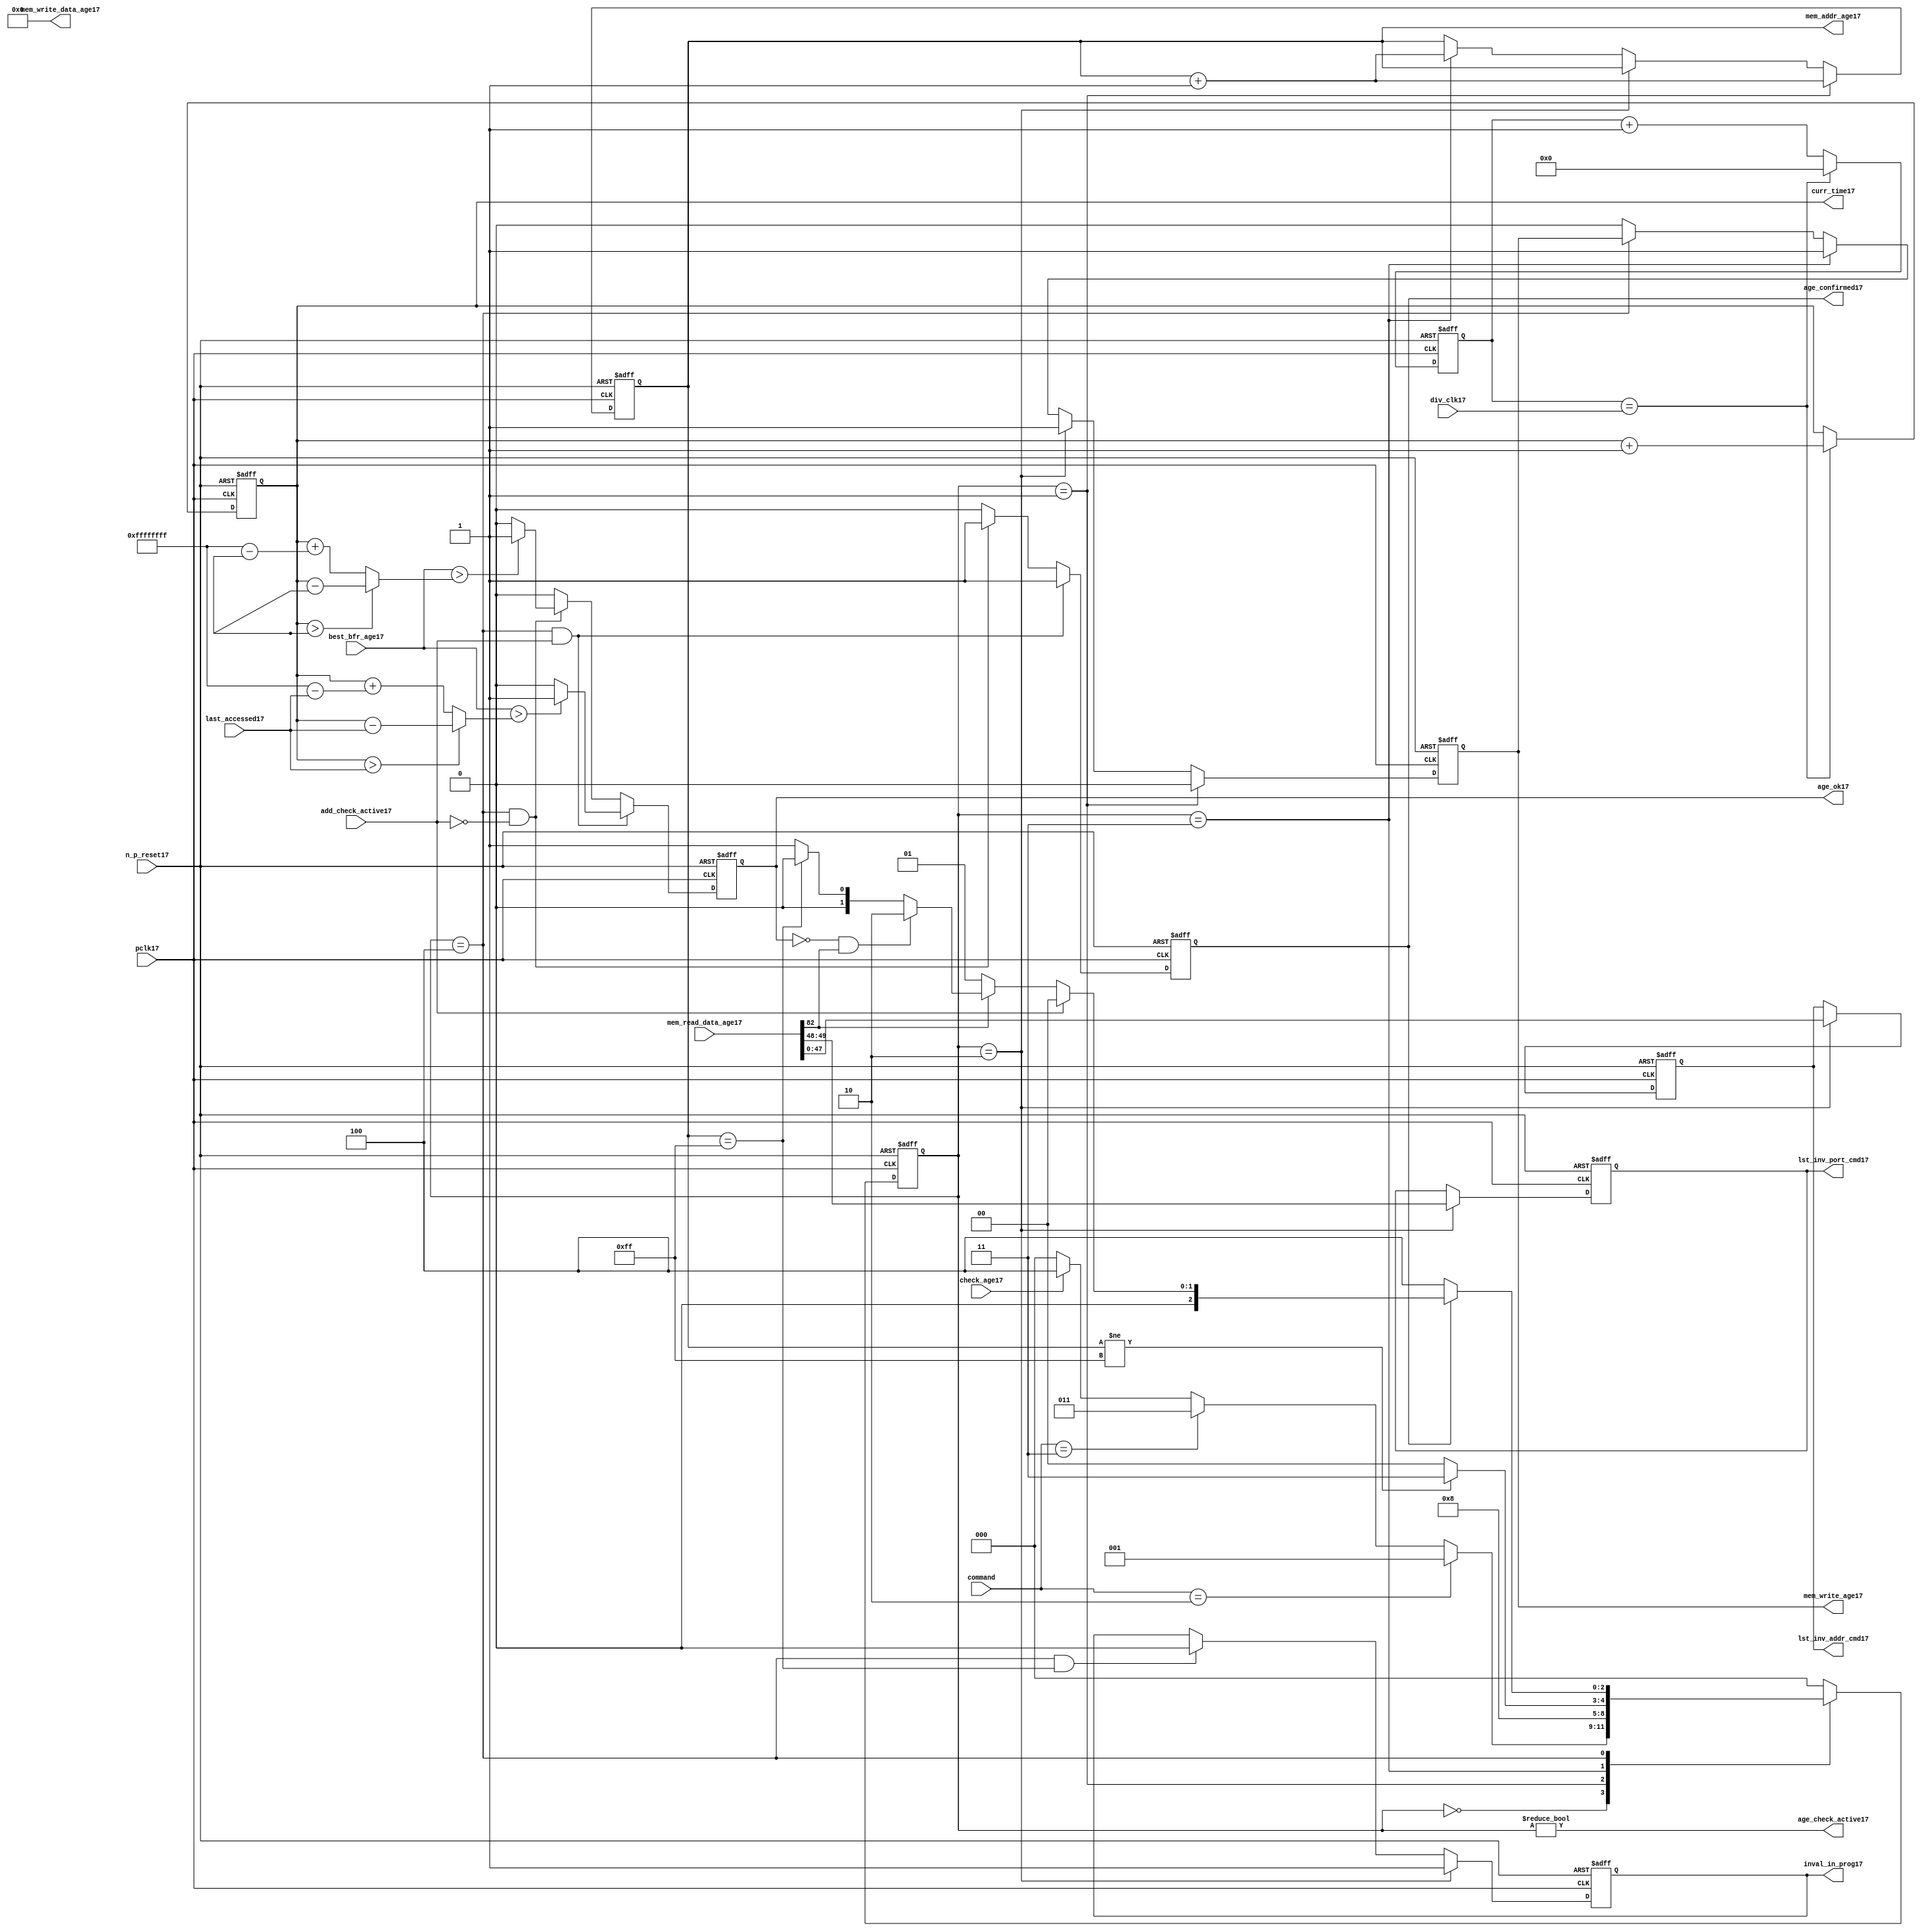
//File17 name   : alut_age_checker17.v
//Title17       : 
//Created17     : 1999
//Description17 : 
//Notes17       : 
//----------------------------------------------------------------------
//   Copyright17 1999-2010 Cadence17 Design17 Systems17, Inc17.
//   All Rights17 Reserved17 Worldwide17
//
//   Licensed17 under the Apache17 License17, Version17 2.0 (the
//   "License17"); you may not use this file except17 in
//   compliance17 with the License17.  You may obtain17 a copy of
//   the License17 at
//
//       http17://www17.apache17.org17/licenses17/LICENSE17-2.0
//
//   Unless17 required17 by applicable17 law17 or agreed17 to in
//   writing, software17 distributed17 under the License17 is
//   distributed17 on an "AS17 IS17" BASIS17, WITHOUT17 WARRANTIES17 OR17
//   CONDITIONS17 OF17 ANY17 KIND17, either17 express17 or implied17.  See
//   the License17 for the specific17 language17 governing17
//   permissions17 and limitations17 under the License17.
//----------------------------------------------------------------------

module alut_age_checker17
(   
   // Inputs17
   pclk17,
   n_p_reset17,
   command,          
   div_clk17,          
   mem_read_data_age17,
   check_age17,        
   last_accessed17, 
   best_bfr_age17,   
   add_check_active17,

   // outputs17
   curr_time17,         
   mem_addr_age17,      
   mem_write_age17,     
   mem_write_data_age17,
   lst_inv_addr_cmd17,    
   lst_inv_port_cmd17,  
   age_confirmed17,     
   age_ok17,
   inval_in_prog17,  
   age_check_active17          
);   

   input               pclk17;               // APB17 clock17                           
   input               n_p_reset17;          // Reset17                               
   input [1:0]         command;            // command bus                        
   input [7:0]         div_clk17;            // clock17 divider17 value
   input [82:0]        mem_read_data_age17;  // read data from memory             
   input               check_age17;          // request flag17 for age17 check
   input [31:0]        last_accessed17;      // time field sent17 for age17 check
   input [31:0]        best_bfr_age17;       // best17 before age17
   input               add_check_active17;   // active flag17 from address checker

   output [31:0]       curr_time17;          // current time,for storing17 in mem    
   output [7:0]        mem_addr_age17;       // address for R/W17 to memory     
   output              mem_write_age17;      // R/W17 flag17 (write = high17)            
   output [82:0]       mem_write_data_age17; // write data for memory             
   output [47:0]       lst_inv_addr_cmd17;   // last invalidated17 addr normal17 op    
   output [1:0]        lst_inv_port_cmd17;   // last invalidated17 port normal17 op    
   output              age_confirmed17;      // validates17 age_ok17 result 
   output              age_ok17;             // age17 checker result - set means17 in-date17
   output              inval_in_prog17;      // invalidation17 in progress17
   output              age_check_active17;   // bit 0 of status register           

   reg  [2:0]          age_chk_state17;      // age17 checker FSM17 current state
   reg  [2:0]          nxt_age_chk_state17;  // age17 checker FSM17 next state
   reg  [7:0]          mem_addr_age17;     
   reg                 mem_write_age17;    
   reg                 inval_in_prog17;      // invalidation17 in progress17
   reg  [7:0]          clk_div_cnt17;        // clock17 divider17 counter
   reg  [31:0]         curr_time17;          // current time,for storing17 in mem  
   reg                 age_confirmed17;      // validates17 age_ok17 result 
   reg                 age_ok17;             // age17 checker result - set means17 in-date17
   reg [47:0]          lst_inv_addr_cmd17;   // last invalidated17 addr normal17 op    
   reg [1:0]           lst_inv_port_cmd17;   // last invalidated17 port normal17 op    

   wire  [82:0]        mem_write_data_age17;
   wire  [31:0]        last_accessed_age17;  // read back time by age17 checker
   wire  [31:0]        time_since_lst_acc_age17;  // time since17 last accessed age17
   wire  [31:0]        time_since_lst_acc17; // time since17 last accessed address
   wire                age_check_active17;   // bit 0 of status register           

// Parameters17 for Address Checking17 FSM17 states17
   parameter idle17           = 3'b000;
   parameter inval_aged_rd17  = 3'b001;
   parameter inval_aged_wr17  = 3'b010;
   parameter inval_all17      = 3'b011;
   parameter age_chk17        = 3'b100;

   parameter max_addr       = 8'hff;
   parameter max_cnt17        = 32'hffff_ffff;

// -----------------------------------------------------------------------------
//   Generate17 current time counter
// -----------------------------------------------------------------------------
always @ (posedge pclk17 or negedge n_p_reset17)
   begin
   if (~n_p_reset17)
      clk_div_cnt17 <= 8'd0;
   else if (clk_div_cnt17 == div_clk17)
      clk_div_cnt17 <= 8'd0; 
   else 
      clk_div_cnt17 <= clk_div_cnt17 + 1'd1;
   end


always @ (posedge pclk17 or negedge n_p_reset17)
   begin
   if (~n_p_reset17)
      curr_time17 <= 32'd0;
   else if (clk_div_cnt17 == div_clk17)
      curr_time17 <= curr_time17 + 1'd1;
   end


// -----------------------------------------------------------------------------
//   Age17 checker State17 Machine17 
// -----------------------------------------------------------------------------
always @ (command or check_age17 or age_chk_state17 or age_confirmed17 or age_ok17 or
          mem_addr_age17 or mem_read_data_age17[82])
   begin
      case (age_chk_state17)
      
      idle17:
         if (command == 2'b10)
            nxt_age_chk_state17 = inval_aged_rd17;
         else if (command == 2'b11)
            nxt_age_chk_state17 = inval_all17;
         else if (check_age17)
            nxt_age_chk_state17 = age_chk17;
         else
            nxt_age_chk_state17 = idle17;

      inval_aged_rd17:
            nxt_age_chk_state17 = age_chk17;

      inval_aged_wr17:
            nxt_age_chk_state17 = idle17;

      inval_all17:
         if (mem_addr_age17 != max_addr)
            nxt_age_chk_state17 = inval_all17;  // move17 onto17 next address
         else
            nxt_age_chk_state17 = idle17;

      age_chk17:
         if (age_confirmed17)
            begin
            if (add_check_active17)                     // age17 check for addr chkr17
               nxt_age_chk_state17 = idle17;
            else if (~mem_read_data_age17[82])      // invalid, check next location17
               nxt_age_chk_state17 = inval_aged_rd17; 
            else if (~age_ok17 & mem_read_data_age17[82]) // out of date17, clear 
               nxt_age_chk_state17 = inval_aged_wr17;
            else if (mem_addr_age17 == max_addr)    // full check completed
               nxt_age_chk_state17 = idle17;     
            else 
               nxt_age_chk_state17 = inval_aged_rd17; // age17 ok, check next location17 
            end       
         else
            nxt_age_chk_state17 = age_chk17;

      default:
            nxt_age_chk_state17 = idle17;
      endcase
   end



always @ (posedge pclk17 or negedge n_p_reset17)
   begin
   if (~n_p_reset17)
      age_chk_state17 <= idle17;
   else
      age_chk_state17 <= nxt_age_chk_state17;
   end


// -----------------------------------------------------------------------------
//   Generate17 memory RW bus for accessing array when requested17 to invalidate17 all
//   aged17 addresses17 and all addresses17.
// -----------------------------------------------------------------------------
always @ (posedge pclk17 or negedge n_p_reset17)
   begin
   if (~n_p_reset17)
   begin
      mem_addr_age17 <= 8'd0;     
      mem_write_age17 <= 1'd0;    
   end
   else if (age_chk_state17 == inval_aged_rd17)  // invalidate17 aged17 read
   begin
      mem_addr_age17 <= mem_addr_age17 + 1'd1;     
      mem_write_age17 <= 1'd0;    
   end
   else if (age_chk_state17 == inval_aged_wr17)  // invalidate17 aged17 read
   begin
      mem_addr_age17 <= mem_addr_age17;     
      mem_write_age17 <= 1'd1;    
   end
   else if (age_chk_state17 == inval_all17)  // invalidate17 all
   begin
      mem_addr_age17 <= mem_addr_age17 + 1'd1;     
      mem_write_age17 <= 1'd1;    
   end
   else if (age_chk_state17 == age_chk17)
   begin
      mem_addr_age17 <= mem_addr_age17;     
      mem_write_age17 <= mem_write_age17;    
   end
   else 
   begin
      mem_addr_age17 <= mem_addr_age17;     
      mem_write_age17 <= 1'd0;    
   end
   end

// age17 checker will only ever17 write zero values to ALUT17 mem
assign mem_write_data_age17 = 83'd0;



// -----------------------------------------------------------------------------
//   Generate17 invalidate17 in progress17 flag17 (bit 1 of status register)
// -----------------------------------------------------------------------------
always @ (posedge pclk17 or negedge n_p_reset17)
   begin
   if (~n_p_reset17)
      inval_in_prog17 <= 1'd0;
   else if (age_chk_state17 == inval_aged_wr17) 
      inval_in_prog17 <= 1'd1;
   else if ((age_chk_state17 == age_chk17) & (mem_addr_age17 == max_addr))
      inval_in_prog17 <= 1'd0;
   else
      inval_in_prog17 <= inval_in_prog17;
   end


// -----------------------------------------------------------------------------
//   Calculate17 whether17 data is still in date17.  Need17 to work17 out the real time
//   gap17 between current time and last accessed.  If17 this gap17 is greater than
//   the best17 before age17, then17 the data is out of date17. 
// -----------------------------------------------------------------------------
assign time_since_lst_acc17 = (curr_time17 > last_accessed17) ? 
                            (curr_time17 - last_accessed17) :  // no cnt wrapping17
                            (curr_time17 + (max_cnt17 - last_accessed17));

assign time_since_lst_acc_age17 = (curr_time17 > last_accessed_age17) ? 
                                (curr_time17 - last_accessed_age17) : // no wrapping17
                                (curr_time17 + (max_cnt17 - last_accessed_age17));


always @ (posedge pclk17 or negedge n_p_reset17)
   begin
   if (~n_p_reset17)
      begin
      age_ok17 <= 1'b0;
      age_confirmed17 <= 1'b0;
      end
   else if ((age_chk_state17 == age_chk17) & add_check_active17) 
      begin                                       // age17 checking for addr chkr17
      if (best_bfr_age17 > time_since_lst_acc17)      // still in date17
         begin
         age_ok17 <= 1'b1;
         age_confirmed17 <= 1'b1;
         end
      else   // out of date17
         begin
         age_ok17 <= 1'b0;
         age_confirmed17 <= 1'b1;
         end
      end
   else if ((age_chk_state17 == age_chk17) & ~add_check_active17)
      begin                                      // age17 checking for inval17 aged17
      if (best_bfr_age17 > time_since_lst_acc_age17) // still in date17
         begin
         age_ok17 <= 1'b1;
         age_confirmed17 <= 1'b1;
         end
      else   // out of date17
         begin
         age_ok17 <= 1'b0;
         age_confirmed17 <= 1'b1;
         end
      end
   else
      begin
      age_ok17 <= 1'b0;
      age_confirmed17 <= 1'b0;
      end
   end



// -----------------------------------------------------------------------------
//   Generate17 last address and port that was cleared17 in the invalid aged17 process
// -----------------------------------------------------------------------------
always @ (posedge pclk17 or negedge n_p_reset17)
   begin
   if (~n_p_reset17)
      begin
      lst_inv_addr_cmd17 <= 48'd0;
      lst_inv_port_cmd17 <= 2'd0;
      end
   else if (age_chk_state17 == inval_aged_wr17)
      begin
      lst_inv_addr_cmd17 <= mem_read_data_age17[47:0];
      lst_inv_port_cmd17 <= mem_read_data_age17[49:48];
      end
   else 
      begin
      lst_inv_addr_cmd17 <= lst_inv_addr_cmd17;
      lst_inv_port_cmd17 <= lst_inv_port_cmd17;
      end
   end


// -----------------------------------------------------------------------------
//   Set active bit of status, decoded17 off17 age_chk_state17
// -----------------------------------------------------------------------------
assign age_check_active17 = (age_chk_state17 != 3'b000);

endmodule